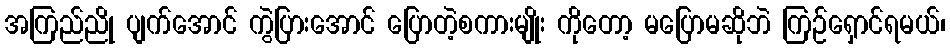
အကြည်ညို ပျက်အောင် ကွဲပြားအောင် ပြောတဲ့စကားမျိုး ကိုတော့ မပြောမဆိုဘဲ ကြဉ်ရှောင်ရမယ်၊